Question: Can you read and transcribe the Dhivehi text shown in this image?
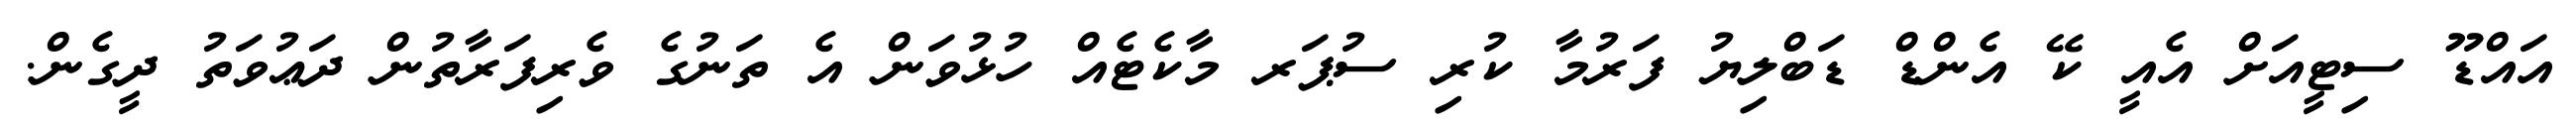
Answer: އައްޑޫ ސިޓީއަށް އެއީ ކޭ އެންޑް ޑަބްލިޔު ފަރުމާ ކުރި ސުޕަރ މާކެޓެއް ހުޅުވަން އެ ތަނުގެ ވެރިފަރާތުން ދަޢުވަތު ދީގެން.